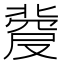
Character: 𠭼